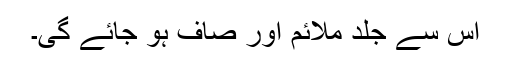
اس سے جلد ملائم اور صاف ہو جائے گی۔